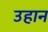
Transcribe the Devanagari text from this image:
उहान